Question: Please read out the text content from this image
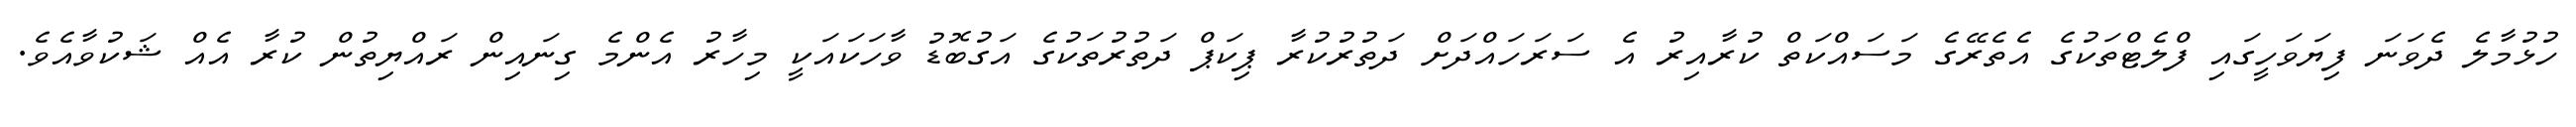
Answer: ހުޅުމާލެ ދެވަނަ ފިޔަވަހީގައި ފްލެޓްތަކުގެ އެތެރޭގެ މަސައްކަތް ކުރާއިރު އެ ސަރަހައްދަށް ދަތުރުކުރާ ޕިކަޕް ދަތުރުތަކުގެ އަގުބޮޑު ވާހަކައަކީ މިހާރު އެންމެ ގިނައިން ރައްޔިތުން ކުރާ އެއް ޝަކުވާއެވެ.